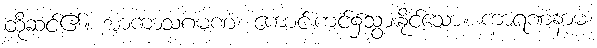
ထိုဆင်၏။ အာကာသဂမဏံ၊ ကောင်းကင်၌သွားနိုင်သော။ ကာရဏံနာမ၊